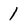
Character: 1